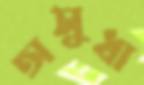
অসুধা